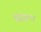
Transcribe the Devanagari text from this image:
बुद्धरूप